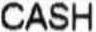
CASH